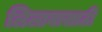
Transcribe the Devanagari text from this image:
लिलावासाठी